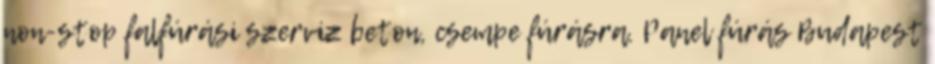
non-stop falfúrási szerviz beton, csempe fúrásra. Panel fúrás Budapest